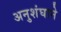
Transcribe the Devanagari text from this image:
अनुशंघाने